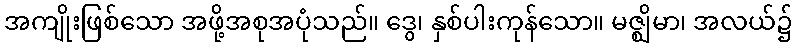
အကျိုးဖြစ်သော အဖို့အစုအပုံသည်။ ဒွေ၊ နှစ်ပါးကုန်သော။ မဇ္ဈိမာ၊ အလယ်၌